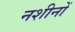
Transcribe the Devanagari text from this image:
नशीनों